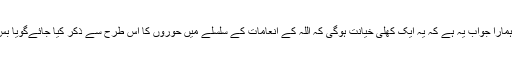
اس بارے میں ہمارا جواب یہ ہے کہ یہ ایک کھلی خیانت ہوگی کہ اللہ کے انعامات کے سلسلے میں حوروں کا اس طرح سے ذکر کیا جائےگویا بس یہی کچھ ہے۔